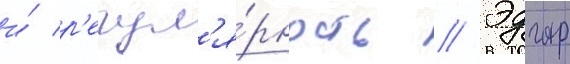
и́ р'егул'я́рность // Эдгар